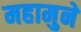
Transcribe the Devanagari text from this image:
महामुने